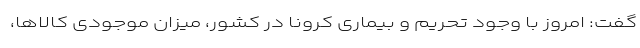
گفت: امروز با وجود تحریم و بیماری کرونا در کشور، میزان موجودی کالاها،